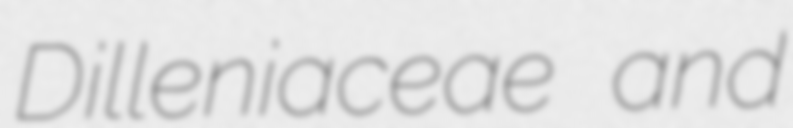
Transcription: Dilleniaceae and